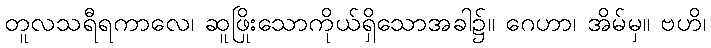
တူလသရီရကာလေ၊ ဆူဖြိုးသောကိုယ်ရှိသောအခါ၌။ ဂေဟာ၊ အိမ်မှ။ ဗဟိ၊